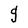
Character: g